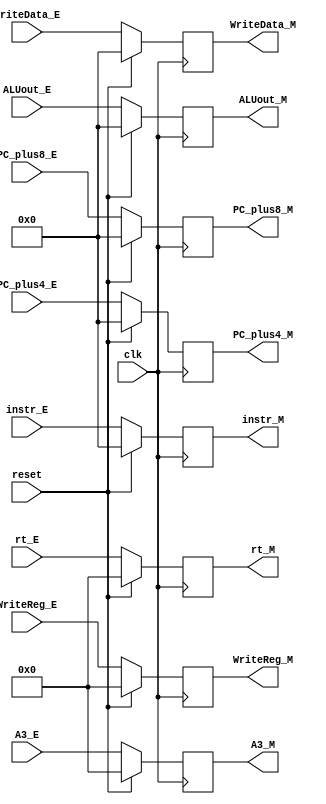
`timescale 1ns / 1ps
//////////////////////////////////////////////////////////////////////////////////
// Company: 
// Engineer: 
// 
// Design Name: 
// Module Name:    pipeline_E_M 
// Project Name: 
// Target Devices: 
// Tool versions: 
// Description: 
//
// Dependencies: 
//
// Revision: 
// Revision 0.01 - File Created
// Additional Comments: 
//
//////////////////////////////////////////////////////////////////////////////////
module Register_E_M(
    input clk,
    input reset,
    input [31:0] instr_E,
    input [31:0] ALUout_E,
    input [31:0] WriteData_E,
	 
	 input [4:0] rt_E,
	 input [4:0] A3_E,
    input [4:0] WriteReg_E,// no use 
    input [31:0] PC_plus4_E,
    input [31:0] PC_plus8_E,
	 
    output [31:0] instr_M,
    output [31:0] ALUout_M,
    output [31:0] WriteData_M,
	 output [4:0] rt_M,
	 output [4:0] A3_M,
    output [4:0] WriteReg_M,
    output [31:0] PC_plus4_M,
    output [31:0] PC_plus8_M
    );
	 reg [31:0] instr;
	 reg [31:0] ALUresult;
	 reg [31:0] data;
	 reg [4:0] rt;
	 reg [4:0] A3;
     reg [4:0] WriteReg;
	 reg [31:0] PCAdd4;
	 reg [31:0] PCAdd8;
	 
	  assign instr_M = instr;
     assign ALUout_M = ALUresult;
     assign WriteData_M = data;
	  assign rt_M = rt;
	  assign A3_M = A3;
     assign WriteReg_M = WriteReg;
     assign PC_plus4_M = PCAdd4;
     assign PC_plus8_M = PCAdd8;
	  
	  initial begin
				instr <= 0;
             ALUresult <= 0;
             data <= 0;
				 rt <= 0;
				 A3 <= 0;
             WriteReg <= 0;
             PCAdd4 <= 0;
             PCAdd8 <= 0;
	  end

     always @(posedge clk) begin
         if (reset) begin
             instr <= 0;
             ALUresult <= 0;
             data <= 0;
				 rt <= 0;
				 A3 <= 0;
             WriteReg <= 0;
             PCAdd4 <= 0;
             PCAdd8 <= 0;
         end
         else if (reset == 0) begin
             instr <= instr_E;
             ALUresult <= ALUout_E;
             data <= WriteData_E;
				 rt <= rt_E;
				 A3 <= A3_E;
             WriteReg <= WriteReg_E;
             PCAdd4 <= PC_plus4_E;
             PCAdd8 <= PC_plus8_E;
         end
     end


endmodule